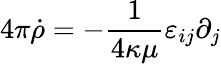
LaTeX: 4\pi\dot{\rho}=-{\frac{1}{4\kappa\mu}}\varepsilon_{ij}\partial_{j}